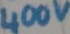
Text: 400v